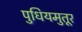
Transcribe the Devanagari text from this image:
पुधियमुतूर